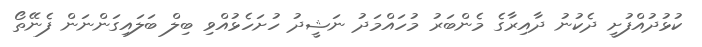
ކުޅުދުއްފުށީ ދެކުނު ދާއިރާގެ މެންބަރު މުހައްމަދު ނަޝީދު ހުށަހެޅުއްވި ބިލް ބަލައިގަންނަން ފެނޭތޯ